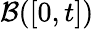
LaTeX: \mathcal{B}([0,t])